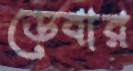
ডেবার